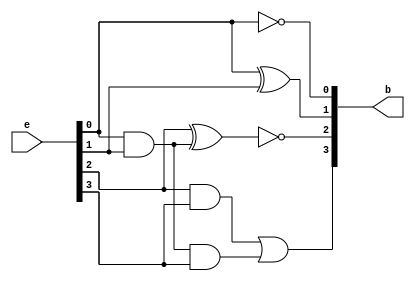
module excess_3_to_bcd(b, e);
    input  [3:0] e;

    output [3:0] b;

    wire nor_e1_e2;
    wire xnor_e0_e2;
    wire and_e1_xnor_e0_e2;
    wire and_e2_e3;
    wire and_e0_e1_e3;
    wire and_e0_e1;

    not(b[0], e[0]);
    xor(b[1], e[0], e[1]);

    nor(nor_e1_e2, e[1], e[2]);

    xnor(xnor_e0_e2, e[0], e[2]);

    and(and_e1_xnor_e0_e2, e[1], xnor_e0_e2);

    and(and_e0_e1, e[0], e[1]);

    xnor(b[2], e[2], and_e0_e1);

    and(and_e2_e3, e[2], e[3]);

    and(and_e0_e1_e3, e[0], e[1], e[3]);
    or(b[3], and_e2_e3, and_e0_e1_e3);
endmodule

module excess_3_to_bcd_test;
    reg  [3:0] e;
    wire [3:0] b;

    excess_3_to_bcd etb(b, e);

    initial begin
        #0  e = 4'b11;
        #50 e = 4'b110;
        #50 e = 4'b1010;
        #50 e = 4'b1100;
        #50 e = 4'b1110;
        #50 e = 4'b1111;
    end
endmodule